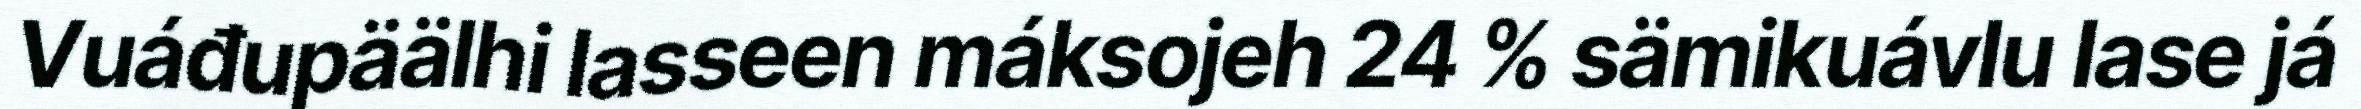
Vuáđupäälhi lasseen máksojeh 24 % sämikuávlu lase já